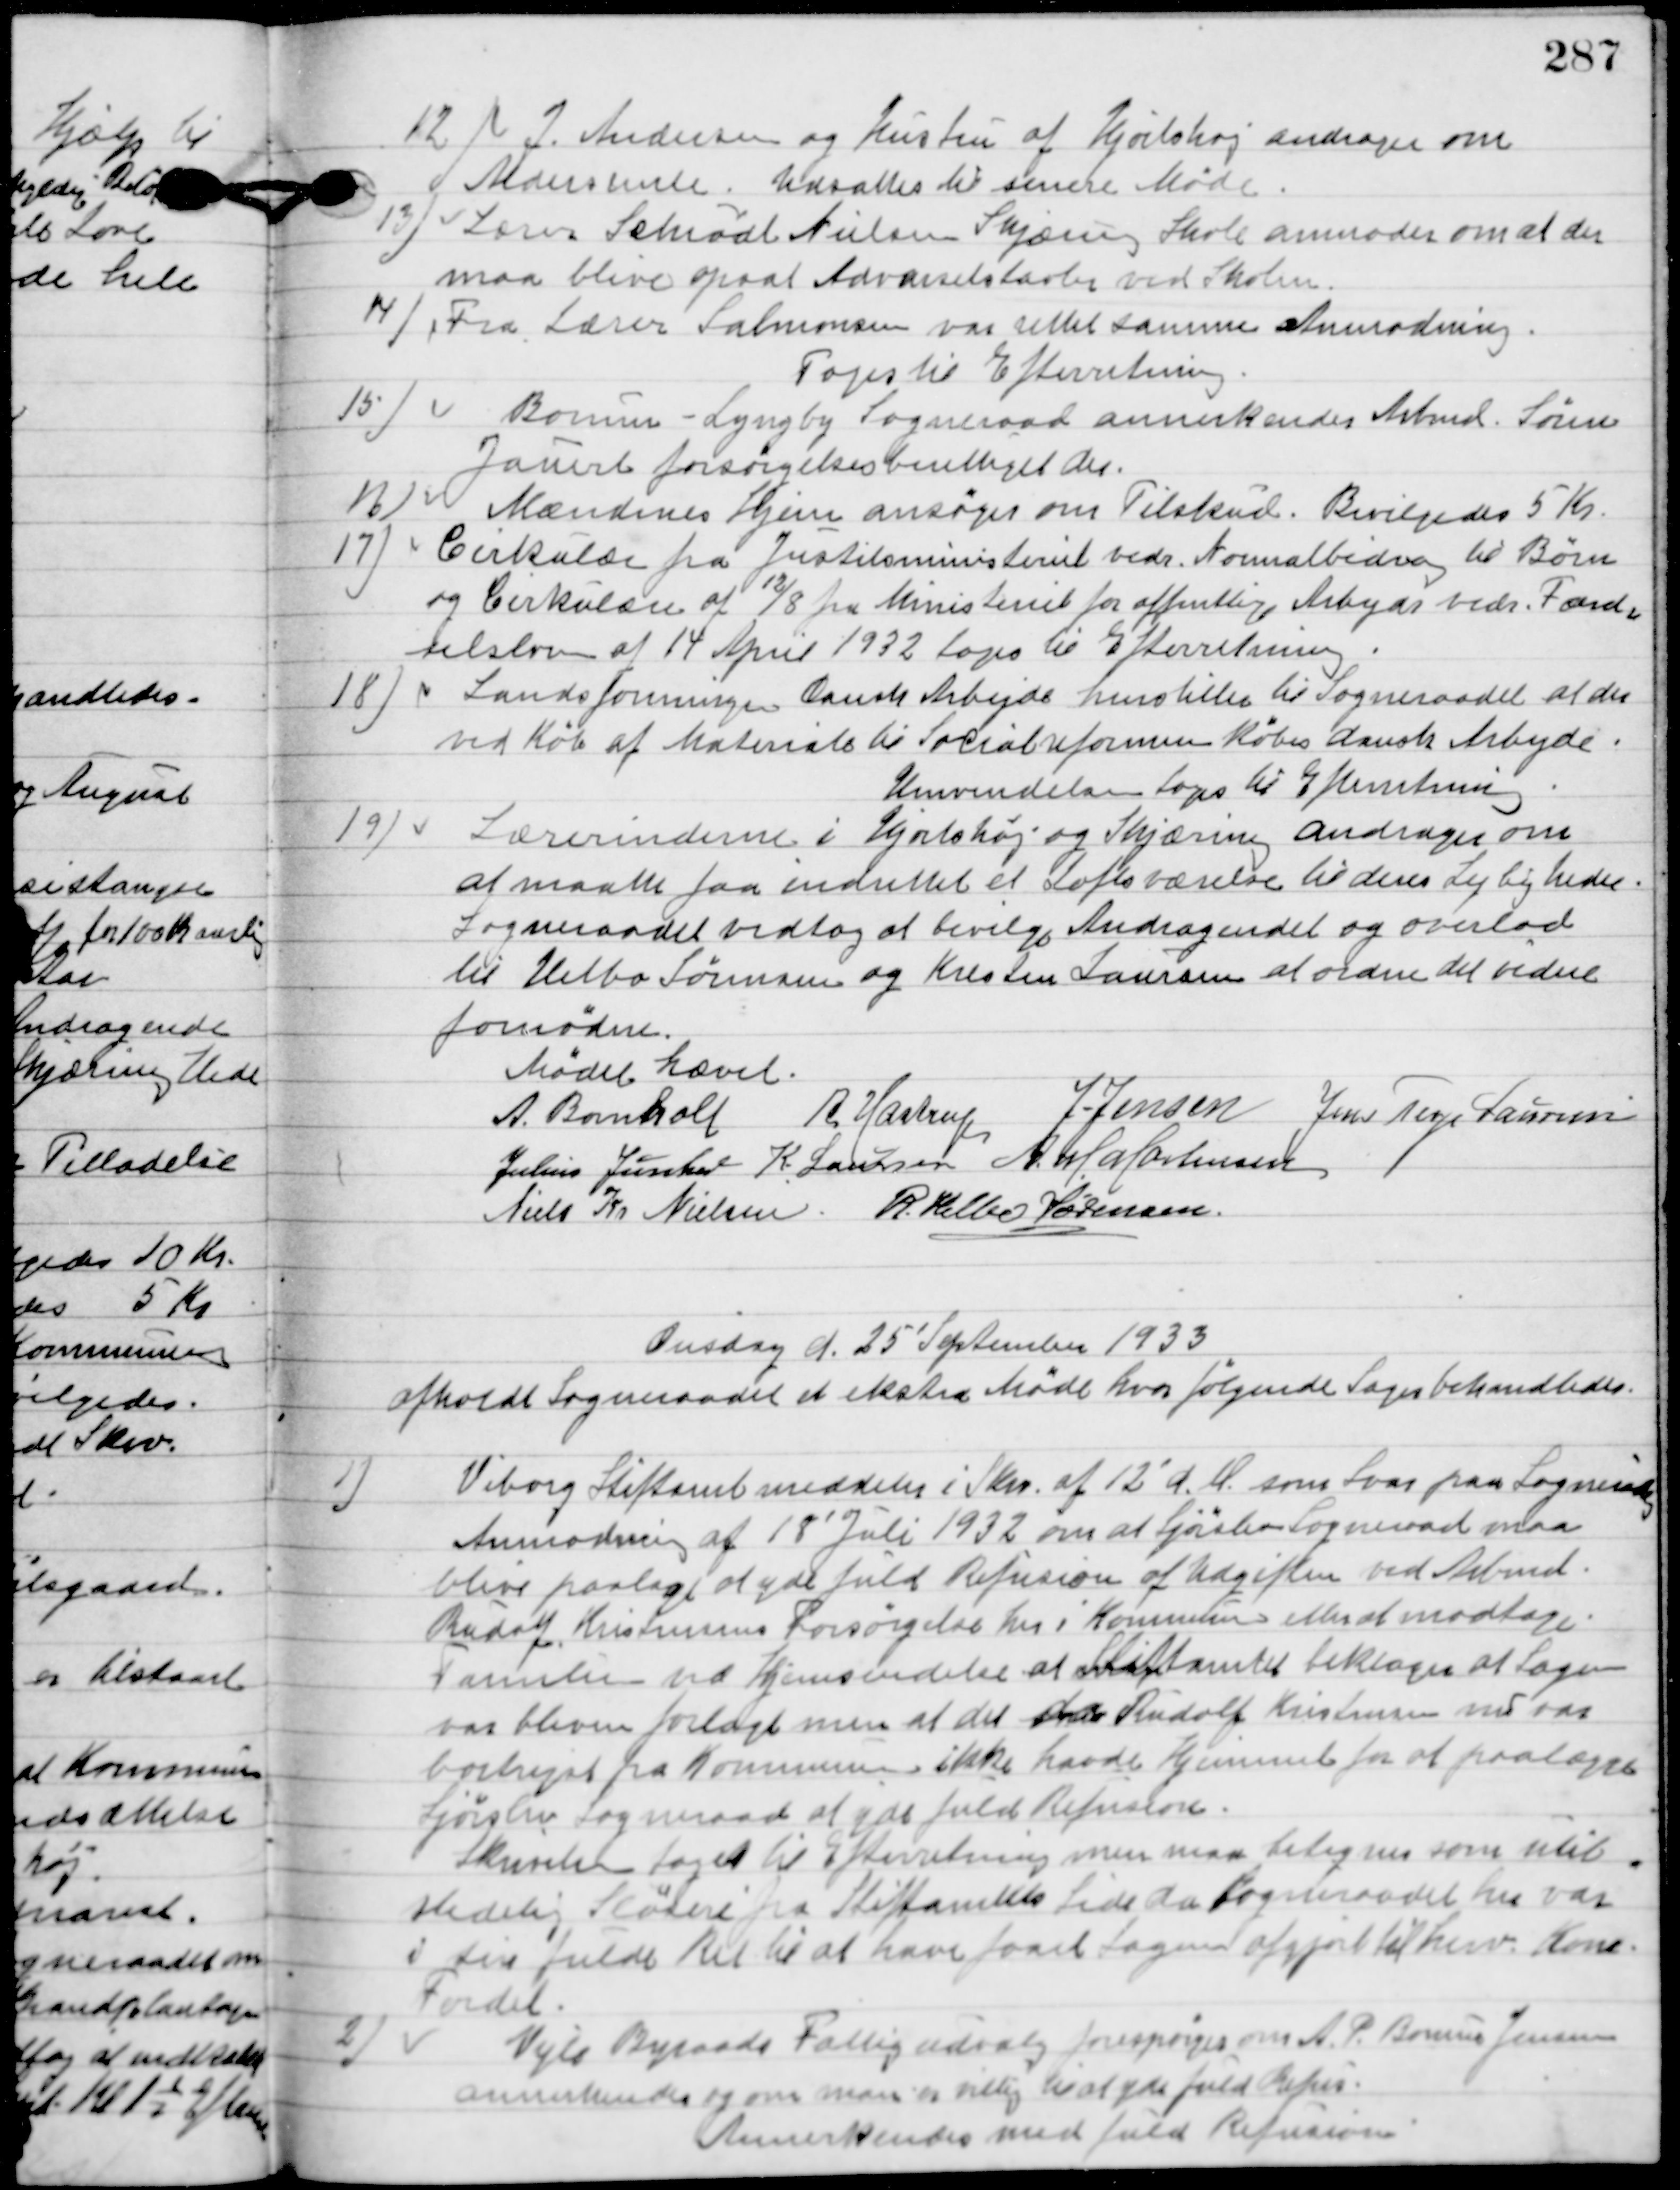
Transskription:
12

J. Andersen og Hustru af Hjortshøj andrager om
Aldersrente.
Udsættes til senere Møde.

13

Lærer Schjødt Nielsen Skjæring Skole anmoder om at der
 maa blive opsat Advarselstavler ved Skolen.

14

Fra Lærer Salomonsen var rettet samme Anmodning.
Toges til Efterretning.

15

Borum-Lyngby Sogneraad annerkender Arbmd. Søren
Jauert forsørgelsesberettiget der.

16

Mændenes Hjem ansøger om Tilskud.
Bevilgedes 5 Kr.

17

Cirkulære fra Justitsministeriet vedr. Normalbidrag til Børn
og Cirkulære af 12/8 fra Ministeriet for offentlige Arbejder vedr. Færd-
selsloven af 14 April 1932 toges til Efterretning.

18

Landsforeningen Danske Arbejde henstiller til Sogneraadet at der
ved Køb af Materiale til Socialreformen Købes dansk Arbejde
Henvendelsen toges til Efterretning.

19

Lærerinderne i Hjortshøj og Skæring andrager om
at maatte faa indrettet et Loftsværelse til deres Lejligheder.
Sogneraadet vedtog at bevilge Andragendet og overlod
til Helbo Sørensen og Kresten Laursen at ordne det videre
fornøden.

Mødet hævet.

A. Bomholt
A. Hastrup
Jens Jensen
Jens Terp Laursen
Julius Junker
K. Laursen
A. M. Mortensen
Niels Chr. Nielsen
R. Helbo Sørensen

Onsdag d. 25 September 1933
afholdt Sogneraadet Møde hvor følgende Sager behandledes.

1

Viborg Stiftamt meddeler i Skriv. A 12´ d. A. som svar paa Sogneraadets
 Anmodning af 18´Juli 1932 om at Gravlev Sogneraad maa
blive paalagt at yde fuld Refusion af Udgiften ved Arbmd.
Rudolf Kristensens Forsørgelses her i Kommunen eller at modtage
Familien ved Hjemsendelse at Stiftsamtet beklager at Sagen
var bleven forlagt men at da Rudolf Kristensen nu var
bortrejst fra kommunen ikke havde Hjemmel for at paalægge
Gørlev Sogneraad at yde fuld Refusion.
Skrivelsen toges til Efterretning men maa betegnes som util-
stedelig Sløseri fra Stiftsamtet side da Sogneraadet her var
i sin fulde Ret til at have faaet Sagen afgjort til henv. Kom.
Fordel.

2

Vejle Byraads Fattigudvalg forespørger om A.P. Borum Jensen
annerkendes og om man er villig til at yde fuld Refusion.
Annerkendes med fuld Refusion.